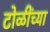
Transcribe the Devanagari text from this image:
टोळींच्या